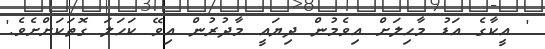
' އީކާގެ އަޑު މާހިލަށް އިވެމުން ދިޔައީ މާދުރުން އިވޭ ކަހަލަ ގޮތަކަށްށެވެ.'